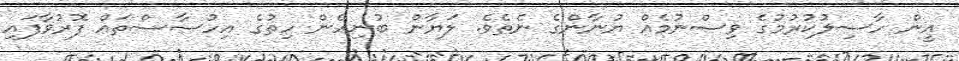
އީން ހާސިލުކުރުމުގެ ވިސްނުމެއް ޔުނާންގެ ނެތެވެ. ލަޔާން ބުނިހެން ހިތުގެ އިހުސާސްތައް ފޮރުވާފައި